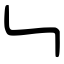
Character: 𠃑